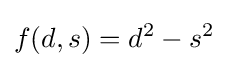
f(d,s)=d^{2}-s^{2}